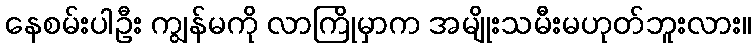
နေစမ်းပါဦး ကျွန်မကို လာကြိုမှာက အမျိုးသမီးမဟုတ်ဘူးလား။